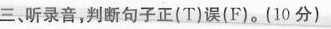
三、听录音,判断句子正(T)误(F).(10 分)